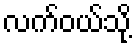
လက်ဝယ်သို့